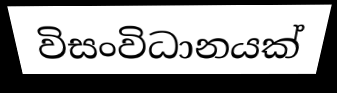
විසංවිධානයක්